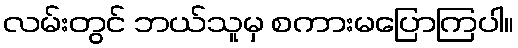
လမ်းတွင် ဘယ်သူမှ စကားမပြောကြပါ။